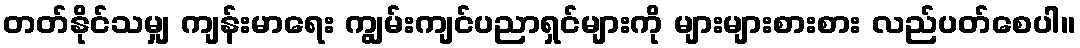
တတ်နိုင်သမျှ ကျန်းမာရေး ကျွမ်းကျင်ပညာရှင်များကို များများစားစား လည်ပတ်စေပါ။